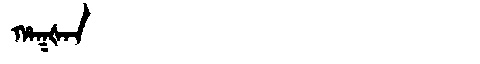
Manchu: ᡥᠠᡴᡧᠠᠨ
Romanization: HAKŠAN